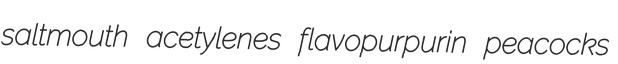
saltmouth acetylenes flavopurpurin peacocks